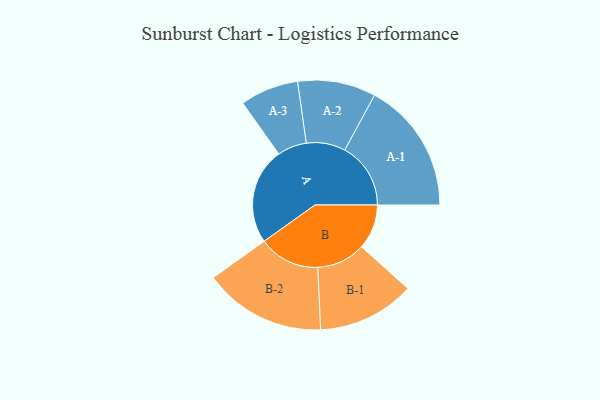
{"axis": {"x": "Segment", "y": "Value"}, "legend": ["", "A", "B"], "data": [{"x": "A", "y": 363, "type": ""}, {"x": "B", "y": 169, "type": ""}, {"x": "A-1", "y": 248, "type": "A"}, {"x": "A-2", "y": 147, "type": "A"}, {"x": "A-3", "y": 110, "type": "A"}, {"x": "B-1", "y": 183, "type": "B"}, {"x": "B-2", "y": 230, "type": "B"}]}